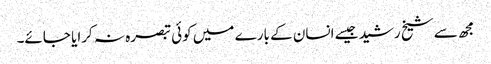
مجھ سے شیخ رشید جیسے انسان کے بارے میں کوئی تبصرہ نہ کرایا جائے۔